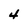
Character: 4